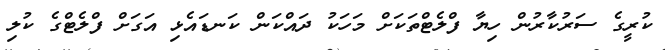
ކުރީގެ ސަރުކާރުން ހިޔާ ފްލެޓްތަކަށް މަހަކު ދައްކަން ކަނޑައެޅި އަގަށް ފްލެޓްގެ ކުލި